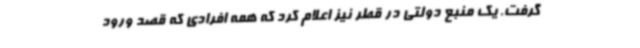
گرفت. یک منبع دولتی در قطر نیز اعلام کرد که همه افرادی که قصد ورود